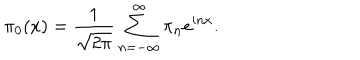
LaTeX: \pi _ { 0 } ( x ) = { \frac { 1 } { \sqrt { 2 \pi } } } \sum _ { n = - \infty } ^ { \infty } \pi _ { n } e ^ { i n x } .